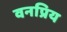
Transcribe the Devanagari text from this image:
वनप्रिय